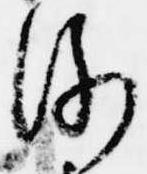
例